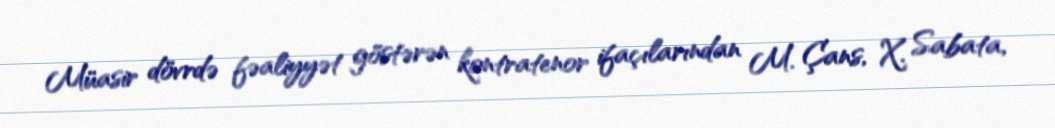
Müasir dövrdə fəaliyyət göstərən kontratenor ifaçılarından M. Çans, X. Sabata,